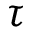
\tau